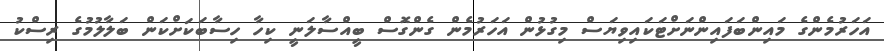
އަހަރުމެންގެ މައިންބަފައިންނަށްޓަކައިވިޔަސް މިގުޅުން އަހަރުމެން ގެންގޮސް ބީއްސާލަނީ ކިހާ ހިސާބަކަށްކަން ބަލާލުމުގެ ރިސްކު